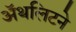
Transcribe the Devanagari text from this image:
ॲथलिटने